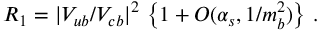
R _ { 1 } = | V _ { u b } / V _ { c b } | ^ { 2 } \, \left\{ 1 + O ( \alpha _ { s } , 1 / m _ { b } ^ { 2 } ) \right\} \, .